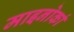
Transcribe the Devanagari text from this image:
माइनोर्का